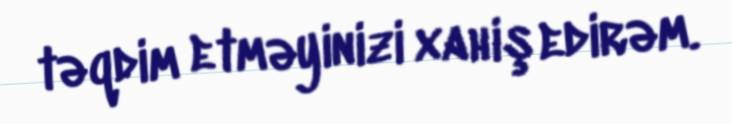
təqdim etməyinizi xahiş edirəm.